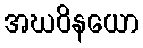
အဃဝိနယော